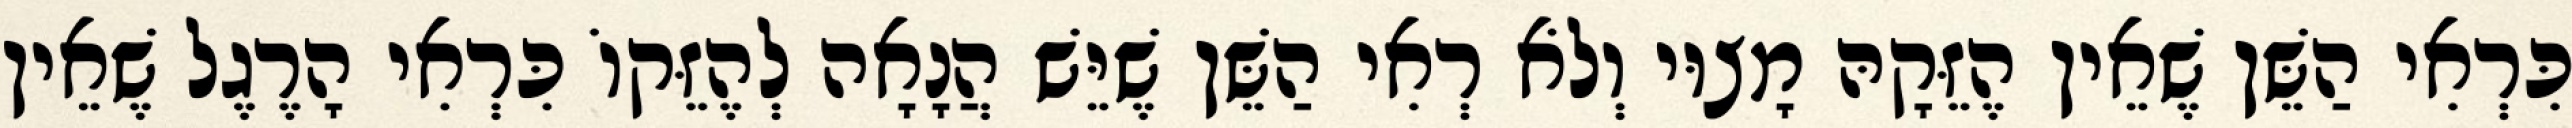
כִּרְאִי הַשֵּׁן שֶׁאֵין הֶזֵּקָהּ מָצוּי וְלֹא רְאִי הַשֵּׁן שֶׁיֵּשׁ הֲנָאָה לְהֶזֵּקוֹ כִּרְאִי הָרֶגֶל שֶׁאֵין